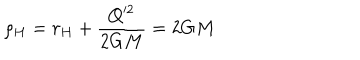
LaTeX: \rho _ { H } = r _ { H } + \frac { Q ^ { 2 } } { 2 G M } = 2 G M